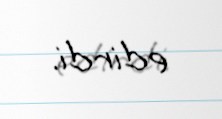
edirdi.